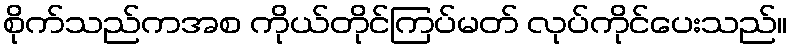
စိုက်သည်ကအစ ကိုယ်တိုင်ကြပ်မတ် လုပ်ကိုင်ပေးသည်။